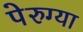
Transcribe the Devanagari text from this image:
पेरुग्या